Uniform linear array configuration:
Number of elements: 4
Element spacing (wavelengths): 0.75
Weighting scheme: blackman
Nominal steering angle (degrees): -60
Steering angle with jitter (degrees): -61.662
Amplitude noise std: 0.05
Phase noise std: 0.05

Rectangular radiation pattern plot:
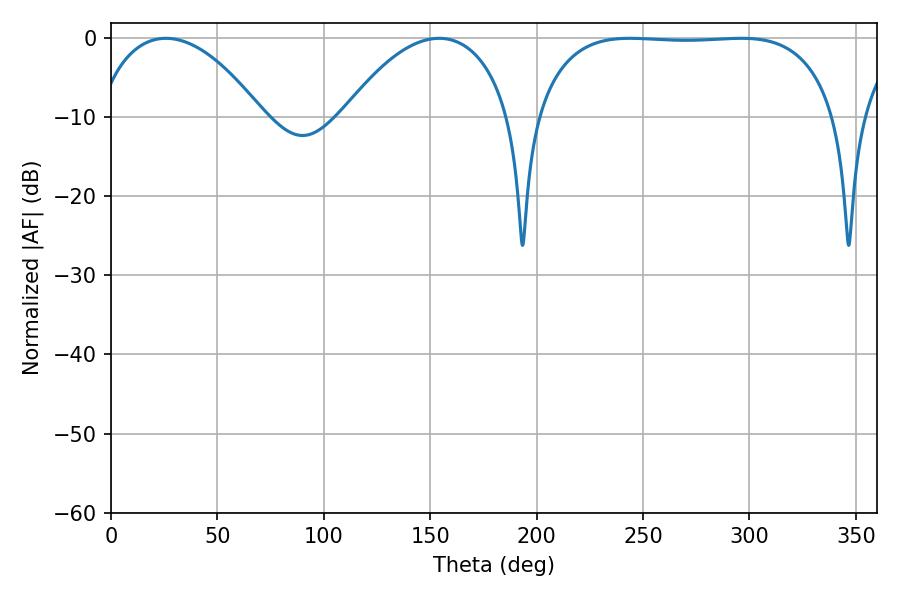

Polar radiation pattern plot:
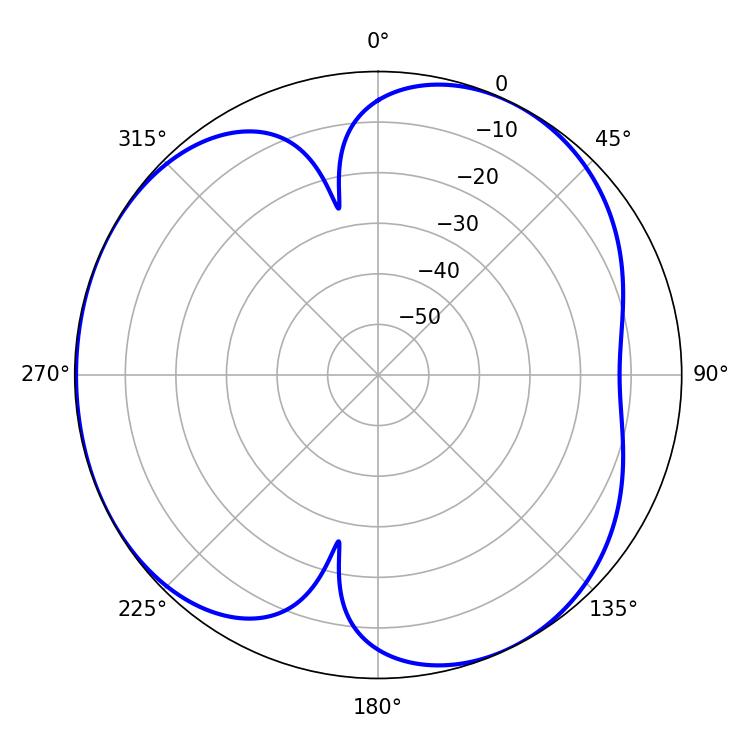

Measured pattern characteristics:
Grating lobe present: TRUE
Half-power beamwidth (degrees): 111.24
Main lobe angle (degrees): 243.9